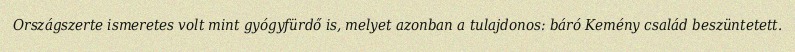
Országszerte ismeretes volt mint gyógyfürdő is, melyet azonban a tulajdonos: báró Kemény család beszüntetett.